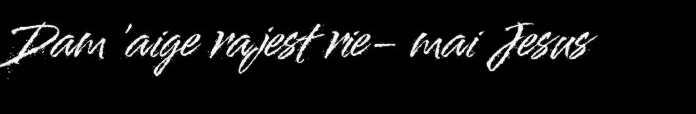
Dam 'aige rajest rie- mai Jesus